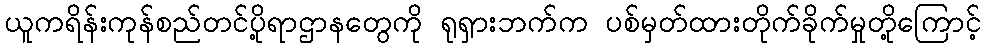
ယူကရိန်းကုန်စည်တင်ပို့ရာဌာနတွေကို ရုရှားဘက်က ပစ်မှတ်ထားတိုက်ခိုက်မှုတို့ကြောင့်